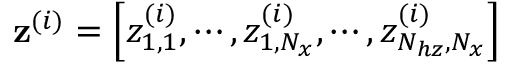
\mathbf { z } ^ { ( i ) } = \left[ z _ { 1 , 1 } ^ { ( i ) } , \cdots , z _ { 1 , N _ { x } } ^ { ( i ) } , \cdots , z _ { N _ { h z } , N _ { x } } ^ { ( i ) } \right]